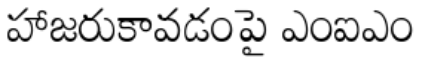
హాజరుకావడంపై ఎంఐఎం